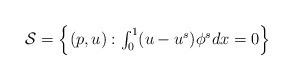
LaTeX: \begin{align*} \mathcal{S} = \left\{ (p,u): \textstyle \int_0^1 (u-u^s) \phi^s dx = 0\right\}\end{align*}